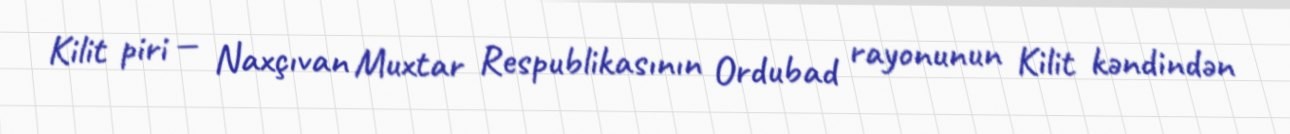
Kilit piri — Naxçıvan Muxtar Respublikasının Ordubad rayonunun Kilit kəndindən